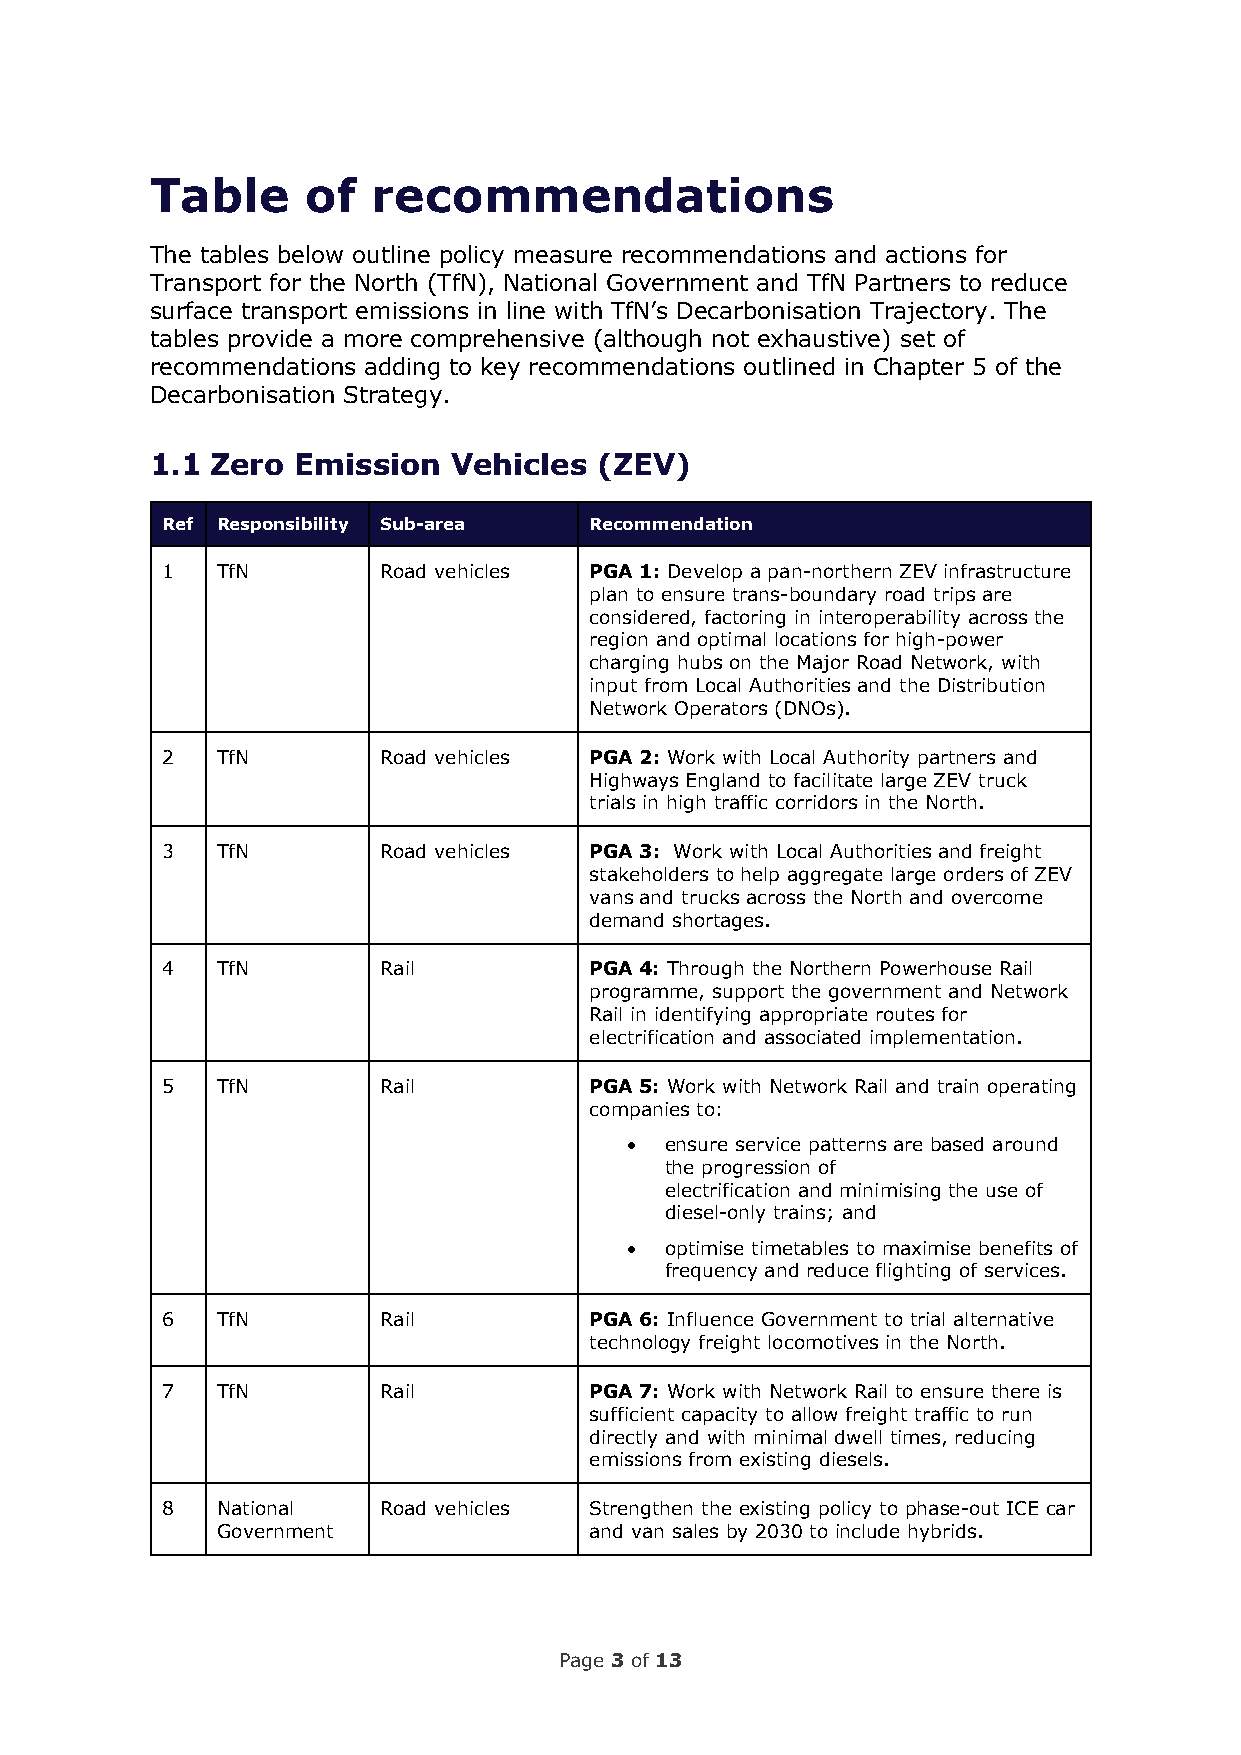
Table     of   recommendations
 The tables below outline policy measure recommendations and actions for
 Transport for the North (TfN), National Government and TfN Partners to reduce
 surface transport emissions in line with TfN’s Decarbonisation Trajectory. The
 tables provide a more comprehensive (although not exhaustive) set of
 recommendations adding to key recommendations outlined in Chapter 5 of the
 Decarbonisation Strategy.
 1.1 Zero Emission   Vehicles (ZEV)
 Ref Responsibility Sub-area Recommendation
 1  TfN        Road vehicles PGA 1: Develop a pan-northern ZEV infrastructure
 plan to ensure trans-boundary road trips are
 considered, factoring in interoperability across the
 region and optimal locations for high-power
 charging hubs on the Major Road Network, with
 input from Local Authorities and the Distribution
 Network Operators (DNOs).
 2  TfN        Road vehicles PGA 2: Work with Local Authority partners and
 Highways England to facilitate large ZEV truck
 trials in high traffic corridors in the North.
 3  TfN        Road vehicles PGA 3: Work with Local Authorities and freight
 stakeholders to help aggregate large orders of ZEV
 vans and trucks across the North and overcome
 demand shortages.
 4  TfN        Rail          PGA 4: Through the Northern Powerhouse Rail
 programme, support the government and Network
 Rail in identifying appropriate routes for
 electrification and associated implementation.
 5  TfN        Rail          PGA 5: Work with Network Rail and train operating
 companies to:
 •  ensure service patterns are based around
 the progression of
 electrification and minimising the use of
 diesel-only trains; and
 •  optimise timetables to maximise benefits of
 frequency and reduce flighting of services.
 6  TfN        Rail          PGA 6: Influence Government to trial alternative
 technology freight locomotives in the North.
 7  TfN        Rail          PGA 7: Work with Network Rail to ensure there is
 sufficient capacity to allow freight traffic to run
 directly and with minimal dwell times, reducing
 emissions from existing diesels.
 8  National   Road vehicles Strengthen the existing policy to phase-out ICE car
 Government               and van sales by 2030 to include hybrids.
 Page 3 of 13